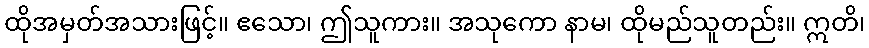
ထိုအမှတ်အသားဖြင့်။ ဧသော၊ ဤသူကား။ အသုကော နာမ၊ ထိုမည်သူတည်း။ ဣတိ၊